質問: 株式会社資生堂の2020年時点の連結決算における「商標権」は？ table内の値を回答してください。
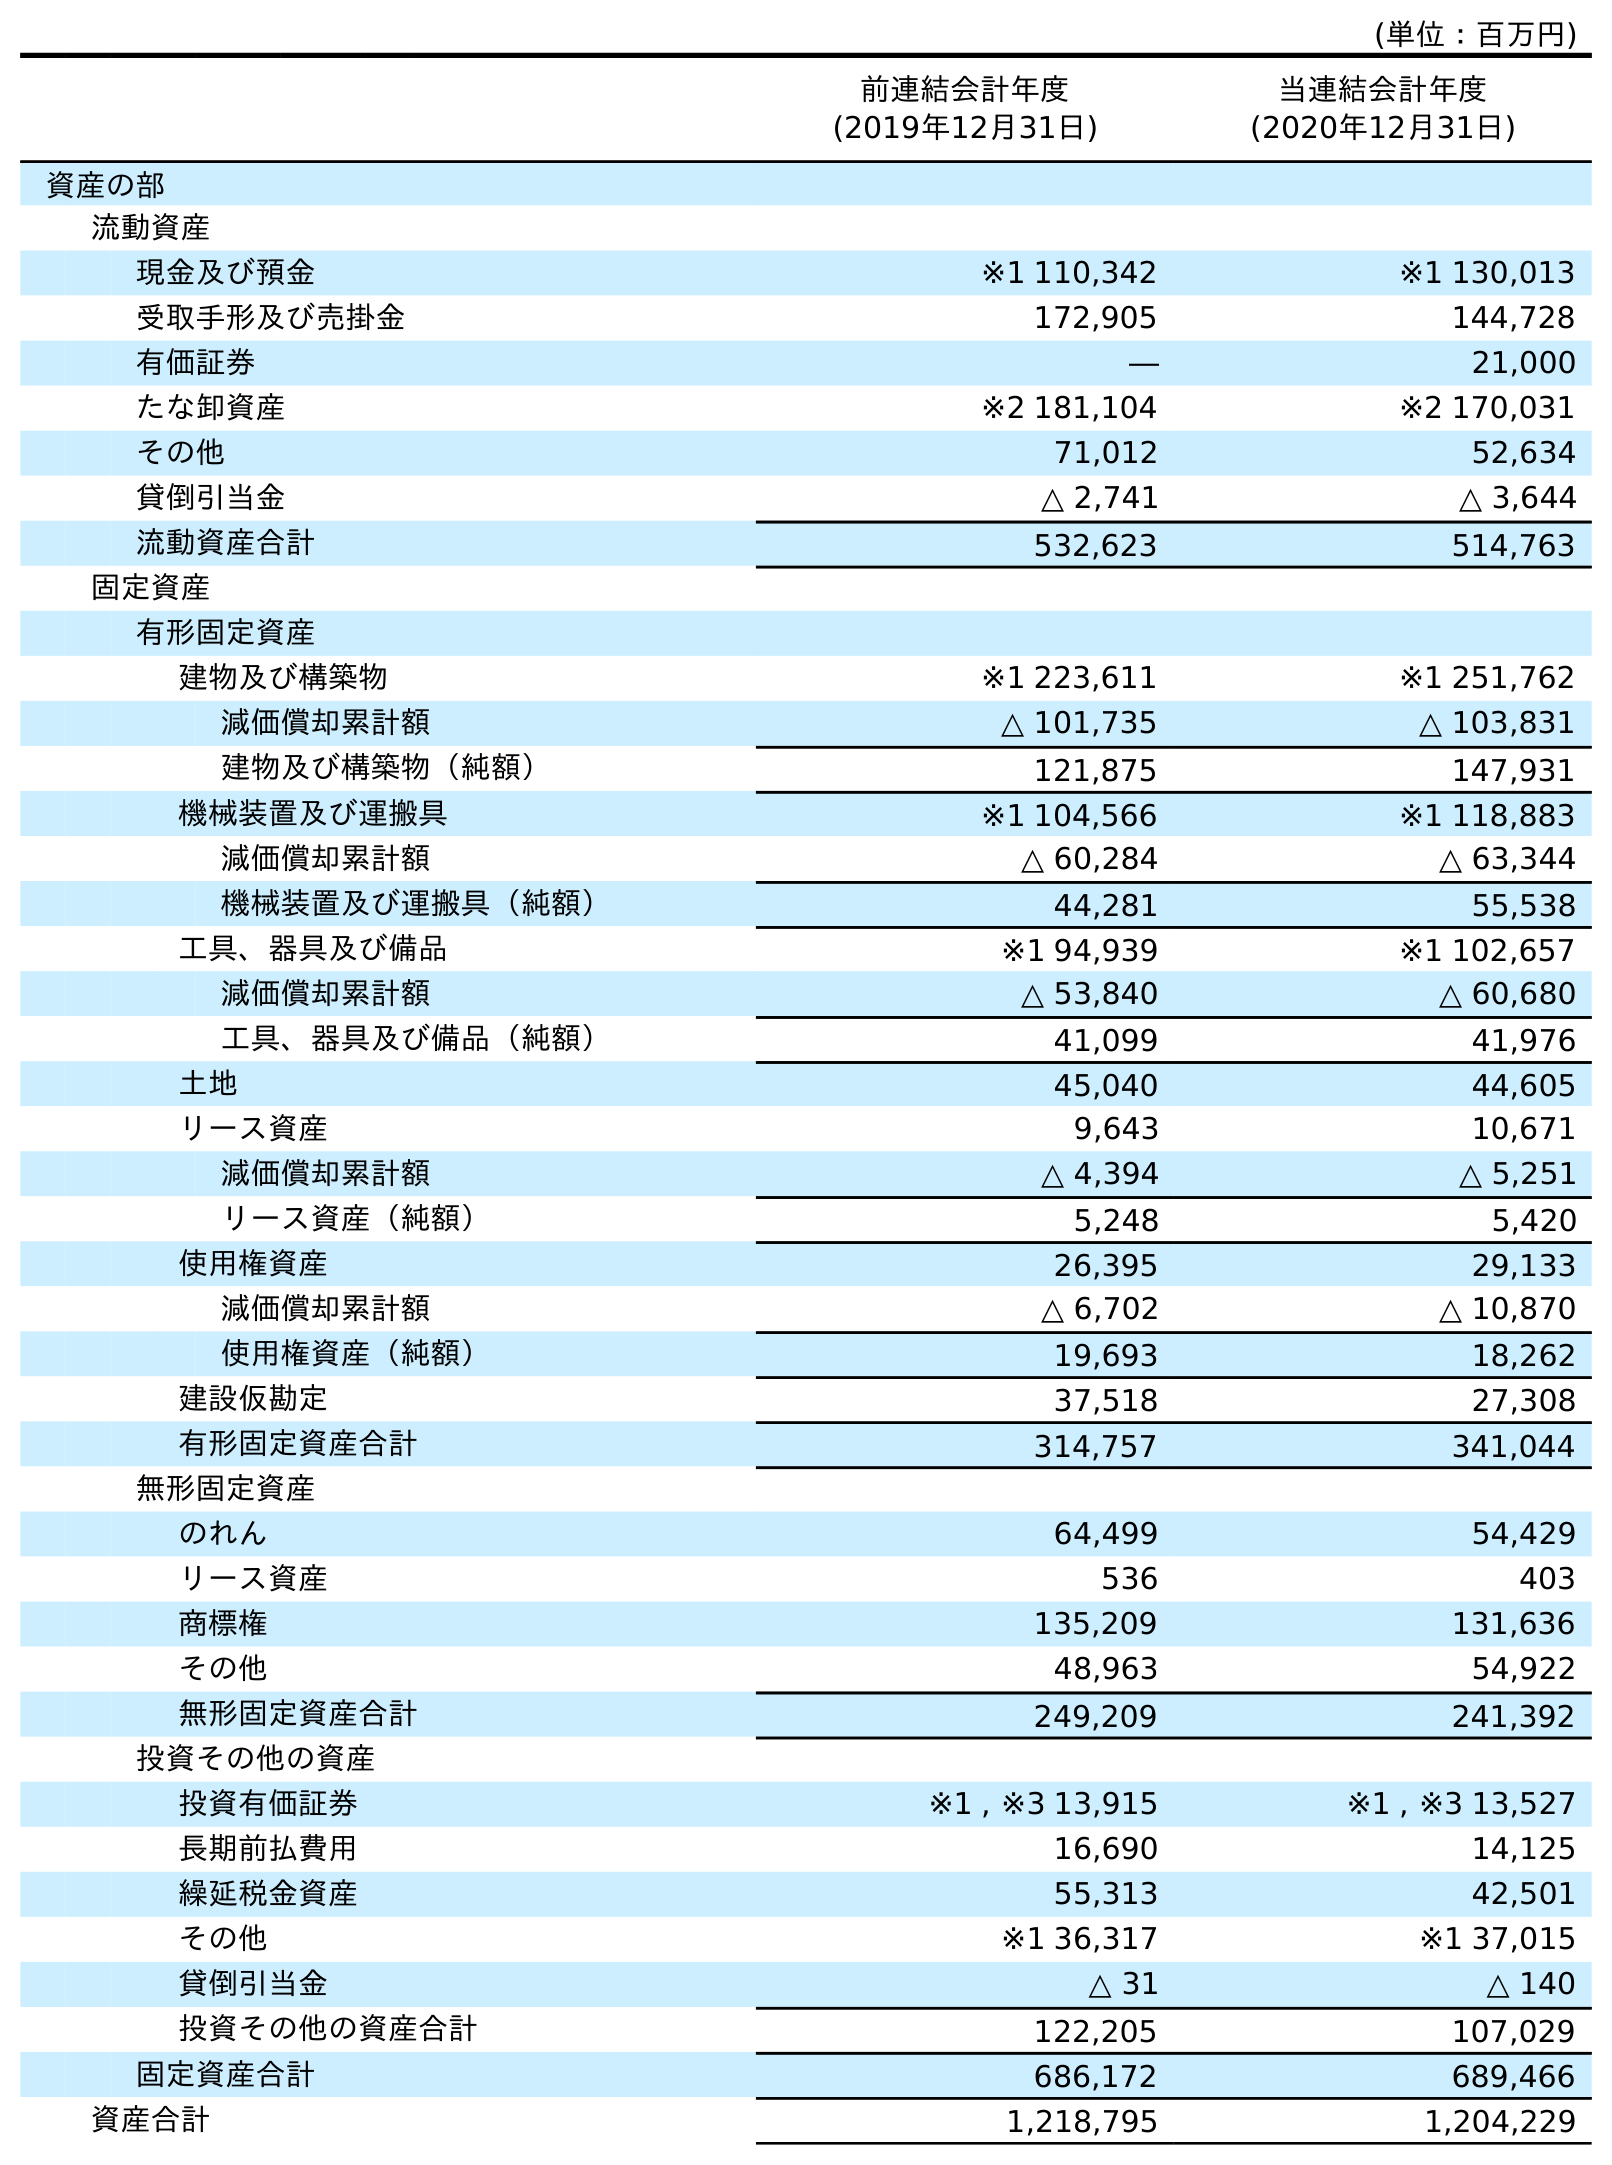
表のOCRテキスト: (単位：百万円) 前連結会計年度 (2019年12月31日) 当連結会計年度 (2020年12月31日) 資産の部 流動資産 現金及び預金 ※1 110,342 ※1 130,013 受取手形及び売掛金 172,905 144,728 有価証券 ― 21,000 たな卸資産 ※2 181,104 ※2 170,031 その他 71,012 52,634 貸倒引当金 △ 2,741 △ 3,644 流動資産合計 532,623 514,763 固定資産 有形固定資産 建物及び構築物 ※1 223,611 ※1 251,762 減価償却累計額 △ 101,735 △ 103,831 建物及び構築物（純額） 121,875 147,931 機械装置及び運搬具 ※1 104,566 ※1 118,883 減価償却累計額 △ 60,284 △ 63,344 機械装置及び運搬具（純額） 44,281 55,538 工具、器具及び備品 ※1 94,939 ※1 102,657 減価償却累計額 △ 53,840 △ 60,680 工具、器具及び備品（純額） 41,099 41,976 土地 45,040 44,605 リース資産 9,643 10,671 減価償却累計額 △ 4,394 △ 5,251 リース資産（純額） 5,248 5,420 使用権資産 26,395 29,133 減価償却累計額 △ 6,702 △ 10,870 使用権資産（純額） 19,693 18,262 建設仮勘定 37,518 27,308 有形固定資産合計 314,757 341,044 無形固定資産 のれん 64,499 54,429 リース資産 536 403 商標権 135,209 131,636 その他 48,963 54,922 無形固定資産合計 249,209 241,392 投資その他の資産 投資有価証券 ※1 , ※3 13,915 ※1 , ※3 13,527 長期前払費用 16,690 14,125 繰延税金資産 55,313 42,501 その他 ※1 36,317 ※1 37,015 貸倒引当金 △ 31 △ 140 投資その他の資産合計 122,205 107,029 固定資産合計 686,172 689,466 資産合計 1,218,795 1,204,229
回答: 131,636